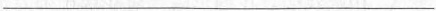
___